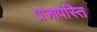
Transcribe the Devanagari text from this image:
प्रजापस्ति